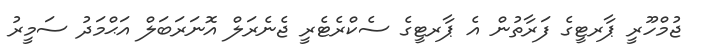
ޖުމްހޫރީ ޕާރޓީގެ ފަރާތުން އެ ޕާރޓީގެ ސެކްރެޓެރީ ޖެނެރަލް އޮނަރަބަލް އަޙްމަދު ސަމީރު